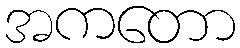
အကတော